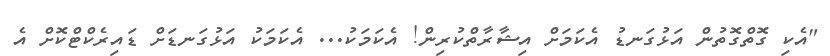
"އެކި ގޮތްގޮތުން އަޅުގަނޑު އެކަމަށް އިޝާރާތްކުރިން! އެކަމަކު... އެކަމަކު އަޅުގަނޑަށް ޑައިރެކްޓްކޮށް އެ